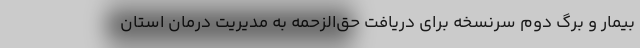
بیمار و برگ دوم سرنسخه برای دریافت حق‌الزحمه به مدیریت درمان استان